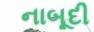
નાબૂદી